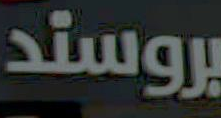
بروستد